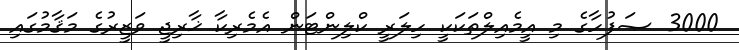
3000 ޞަފުހާގެ މި އީމެއިލްތަކަކީ ހިލަރީ ކްލިންޓަން އެމެރިކާ ޚާރިޖީ ވަޒީރުގެ މަޤާމުގައި